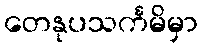
တေနုပသင်္ကမိမှာ